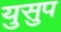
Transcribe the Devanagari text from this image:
युसुप